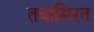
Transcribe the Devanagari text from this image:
तवासिरत